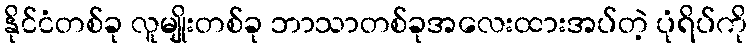
နိုင်ငံတစ်ခု လူမျိုးတစ်ခု ဘာသာတစ်ခုအလေးထားအပ်တဲ့ ပုံရိပ်ကို